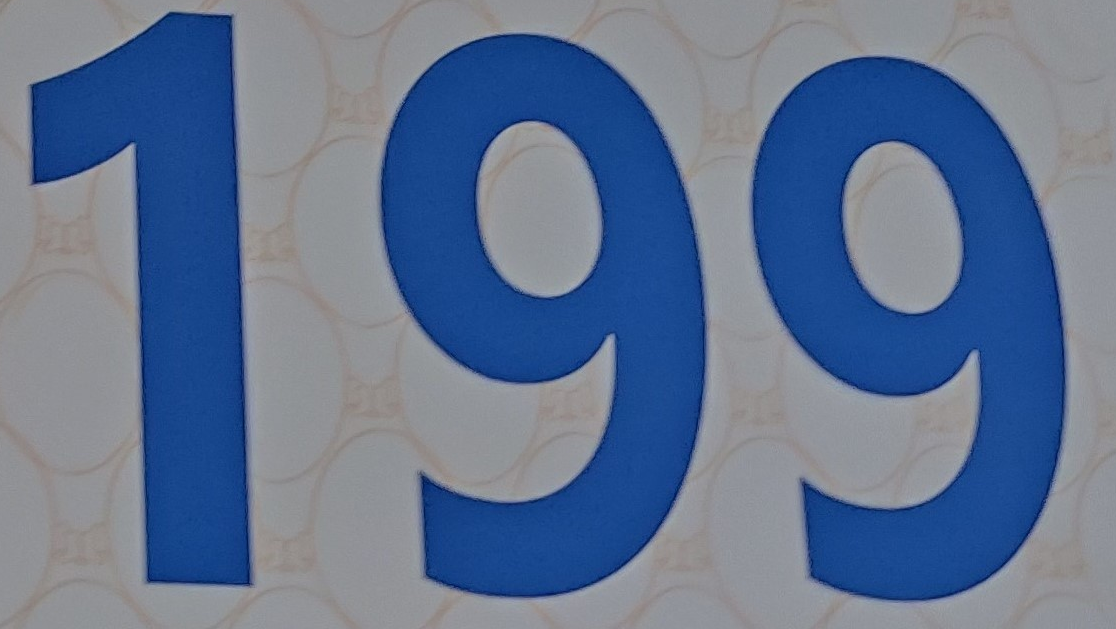
199